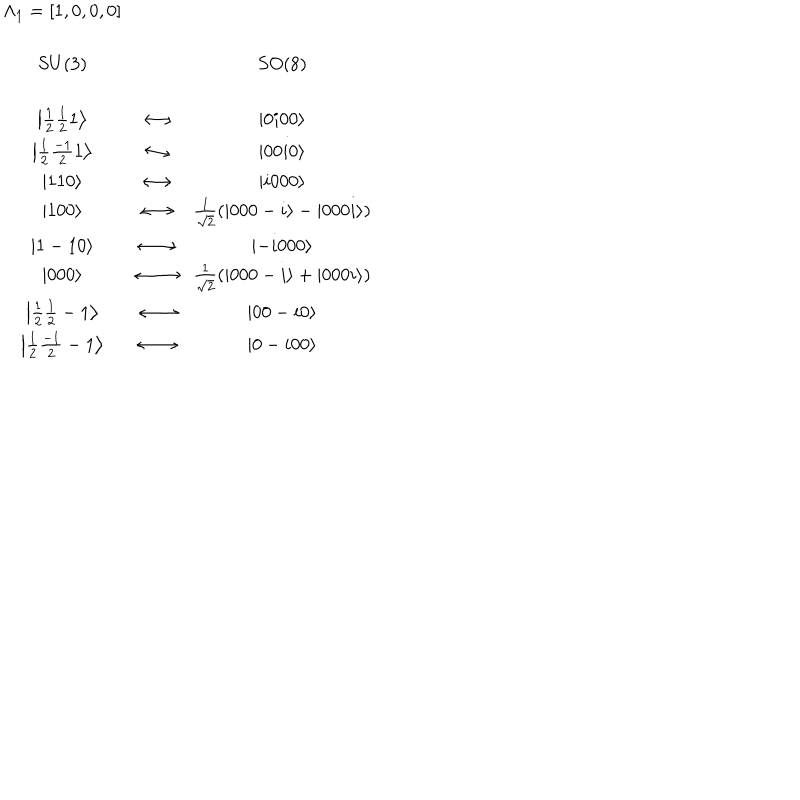
LaTeX: \begin{array} { c c c } { { \Lambda _ { 1 } = [ 1 , 0 , 0 , 0 ] } } & { { } } & { { } } \\ { { } } & { { } } & { { } } \\ { { S U ( 3 ) } } & { { } } & { { S O ( 8 ) } } \\ { { } } & { { } } & { { } } \\ { { \left| \frac 1 2 \frac 1 2 1 \right\rangle } } & { { \longleftrightarrow } } & { { \left| 0 i 0 0 \right\rangle } } \\ { { \left| \frac 1 2 \frac { - 1 } 2 1 \right\rangle } } & { { \longleftrightarrow } } & { { \left| 0 0 i 0 \right\rangle } } \\ { { \left| 1 1 0 \right\rangle } } & { { \longleftrightarrow } } & { { \left| i 0 0 0 \right\rangle } } \\ { { \left| 1 0 0 \right\rangle } } & { { \longleftrightarrow } } & { { \frac 1 { \sqrt { 2 } } \left( \left| 0 0 0 - i \right\rangle - \left| 0 0 0 i \right\rangle \right) } } \\ { { \left| 1 - 1 0 \right\rangle } } & { { \longleftrightarrow } } & { { \left| - i 0 0 0 \right\rangle } } \\ { { \left| 0 0 0 \right\rangle } } & { { \longleftrightarrow } } & { { \frac 1 { \sqrt { 2 } } \left( \left| 0 0 0 - i \right\rangle + \left| 0 0 0 i \right\rangle \right) } } \\ { { \left| \frac 1 2 \frac 1 2 - 1 \right\rangle } } & { { \longleftrightarrow } } & { { \left| 0 0 - i 0 \right\rangle } } \\ { { \left| \frac 1 2 \frac { - 1 } 2 - 1 \right\rangle } } & { { \longleftrightarrow } } & { { \left| 0 - i 0 0 \right\rangle } } \\ \end{array}